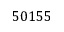
5 0 1 5 5